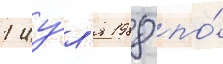
1 иу́л'я 1988 по́